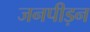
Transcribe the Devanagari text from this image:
जनपीड़न